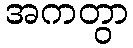
အကတွာ